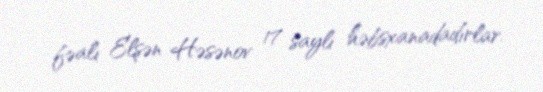
fəalı Elşən Həsənov 17 saylı həbsxanadadırlar.